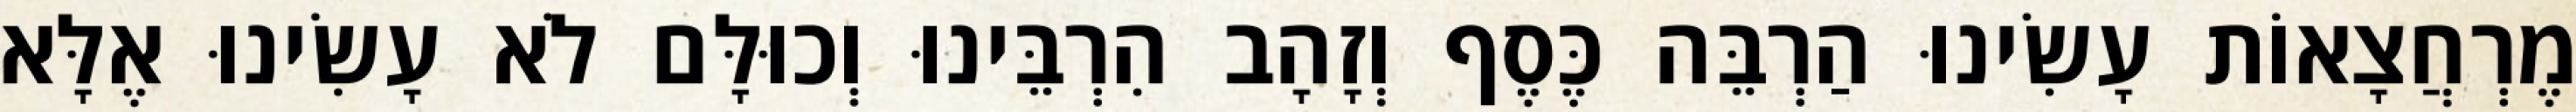
מֶרְחֲצָאוֹת עָשִׂינוּ הַרְבֵּה כֶּסֶף וְזָהָב הִרְבֵּינוּ וְכוּלָּם לֹא עָשִׂינוּ אֶלָּא